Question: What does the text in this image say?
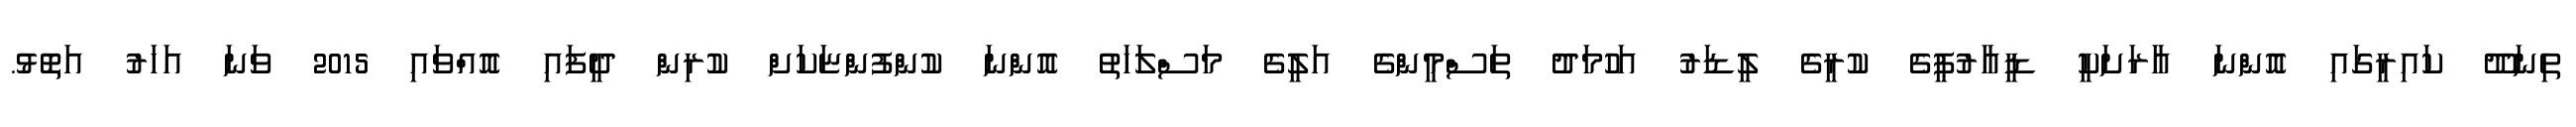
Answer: ތިނަދޫ ކައިރީގައި އޮންނަ އާރަށަކީ ޑީއާރުޕީގެ ކުރީގެ ލީޑަރު އަހުމަދު ތަސްމީންގެ އަލީގެ މަސްލަހަތު އޮންނަ ކުންފުންޏަކަށް ކުރިން ދީފައި އޮއްވައި 2015 ވަނަ އަހަރު އަތޮޅު.